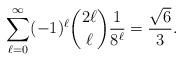
LaTeX: \begin{align*}\sum_{\ell=0}^\infty (-1)^\ell\binom{2\ell}{\ell}\frac{1}{8^\ell}=\frac{\sqrt{6}}{3}.\end{align*}